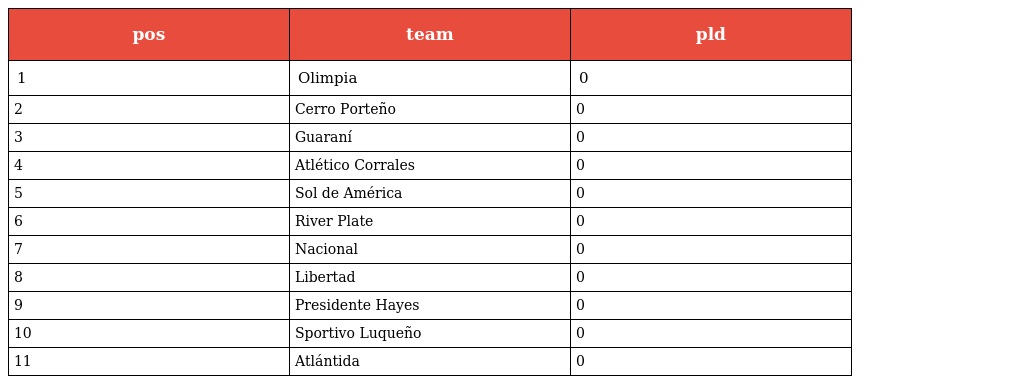
| pos | team | pld |
 | --- | --- | --- |
 | 1 | Olimpia | 0 |
 | 2 | Cerro Porteño | 0 |
 | 3 | Guaraní | 0 |
 | 4 | Atlético Corrales | 0 |
 | 5 | Sol de América | 0 |
 | 6 | River Plate | 0 |
 | 7 | Nacional | 0 |
 | 8 | Libertad | 0 |
 | 9 | Presidente Hayes | 0 |
 | 10 | Sportivo Luqueño | 0 |
 | 11 | Atlántida | 0 |